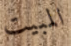
المبيت